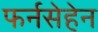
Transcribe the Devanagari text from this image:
फर्नसेहेन